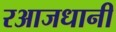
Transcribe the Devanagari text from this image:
रआजधानी